38_143685_box_Incident_Summaries_173-233
Agency: Department of War
Page 15
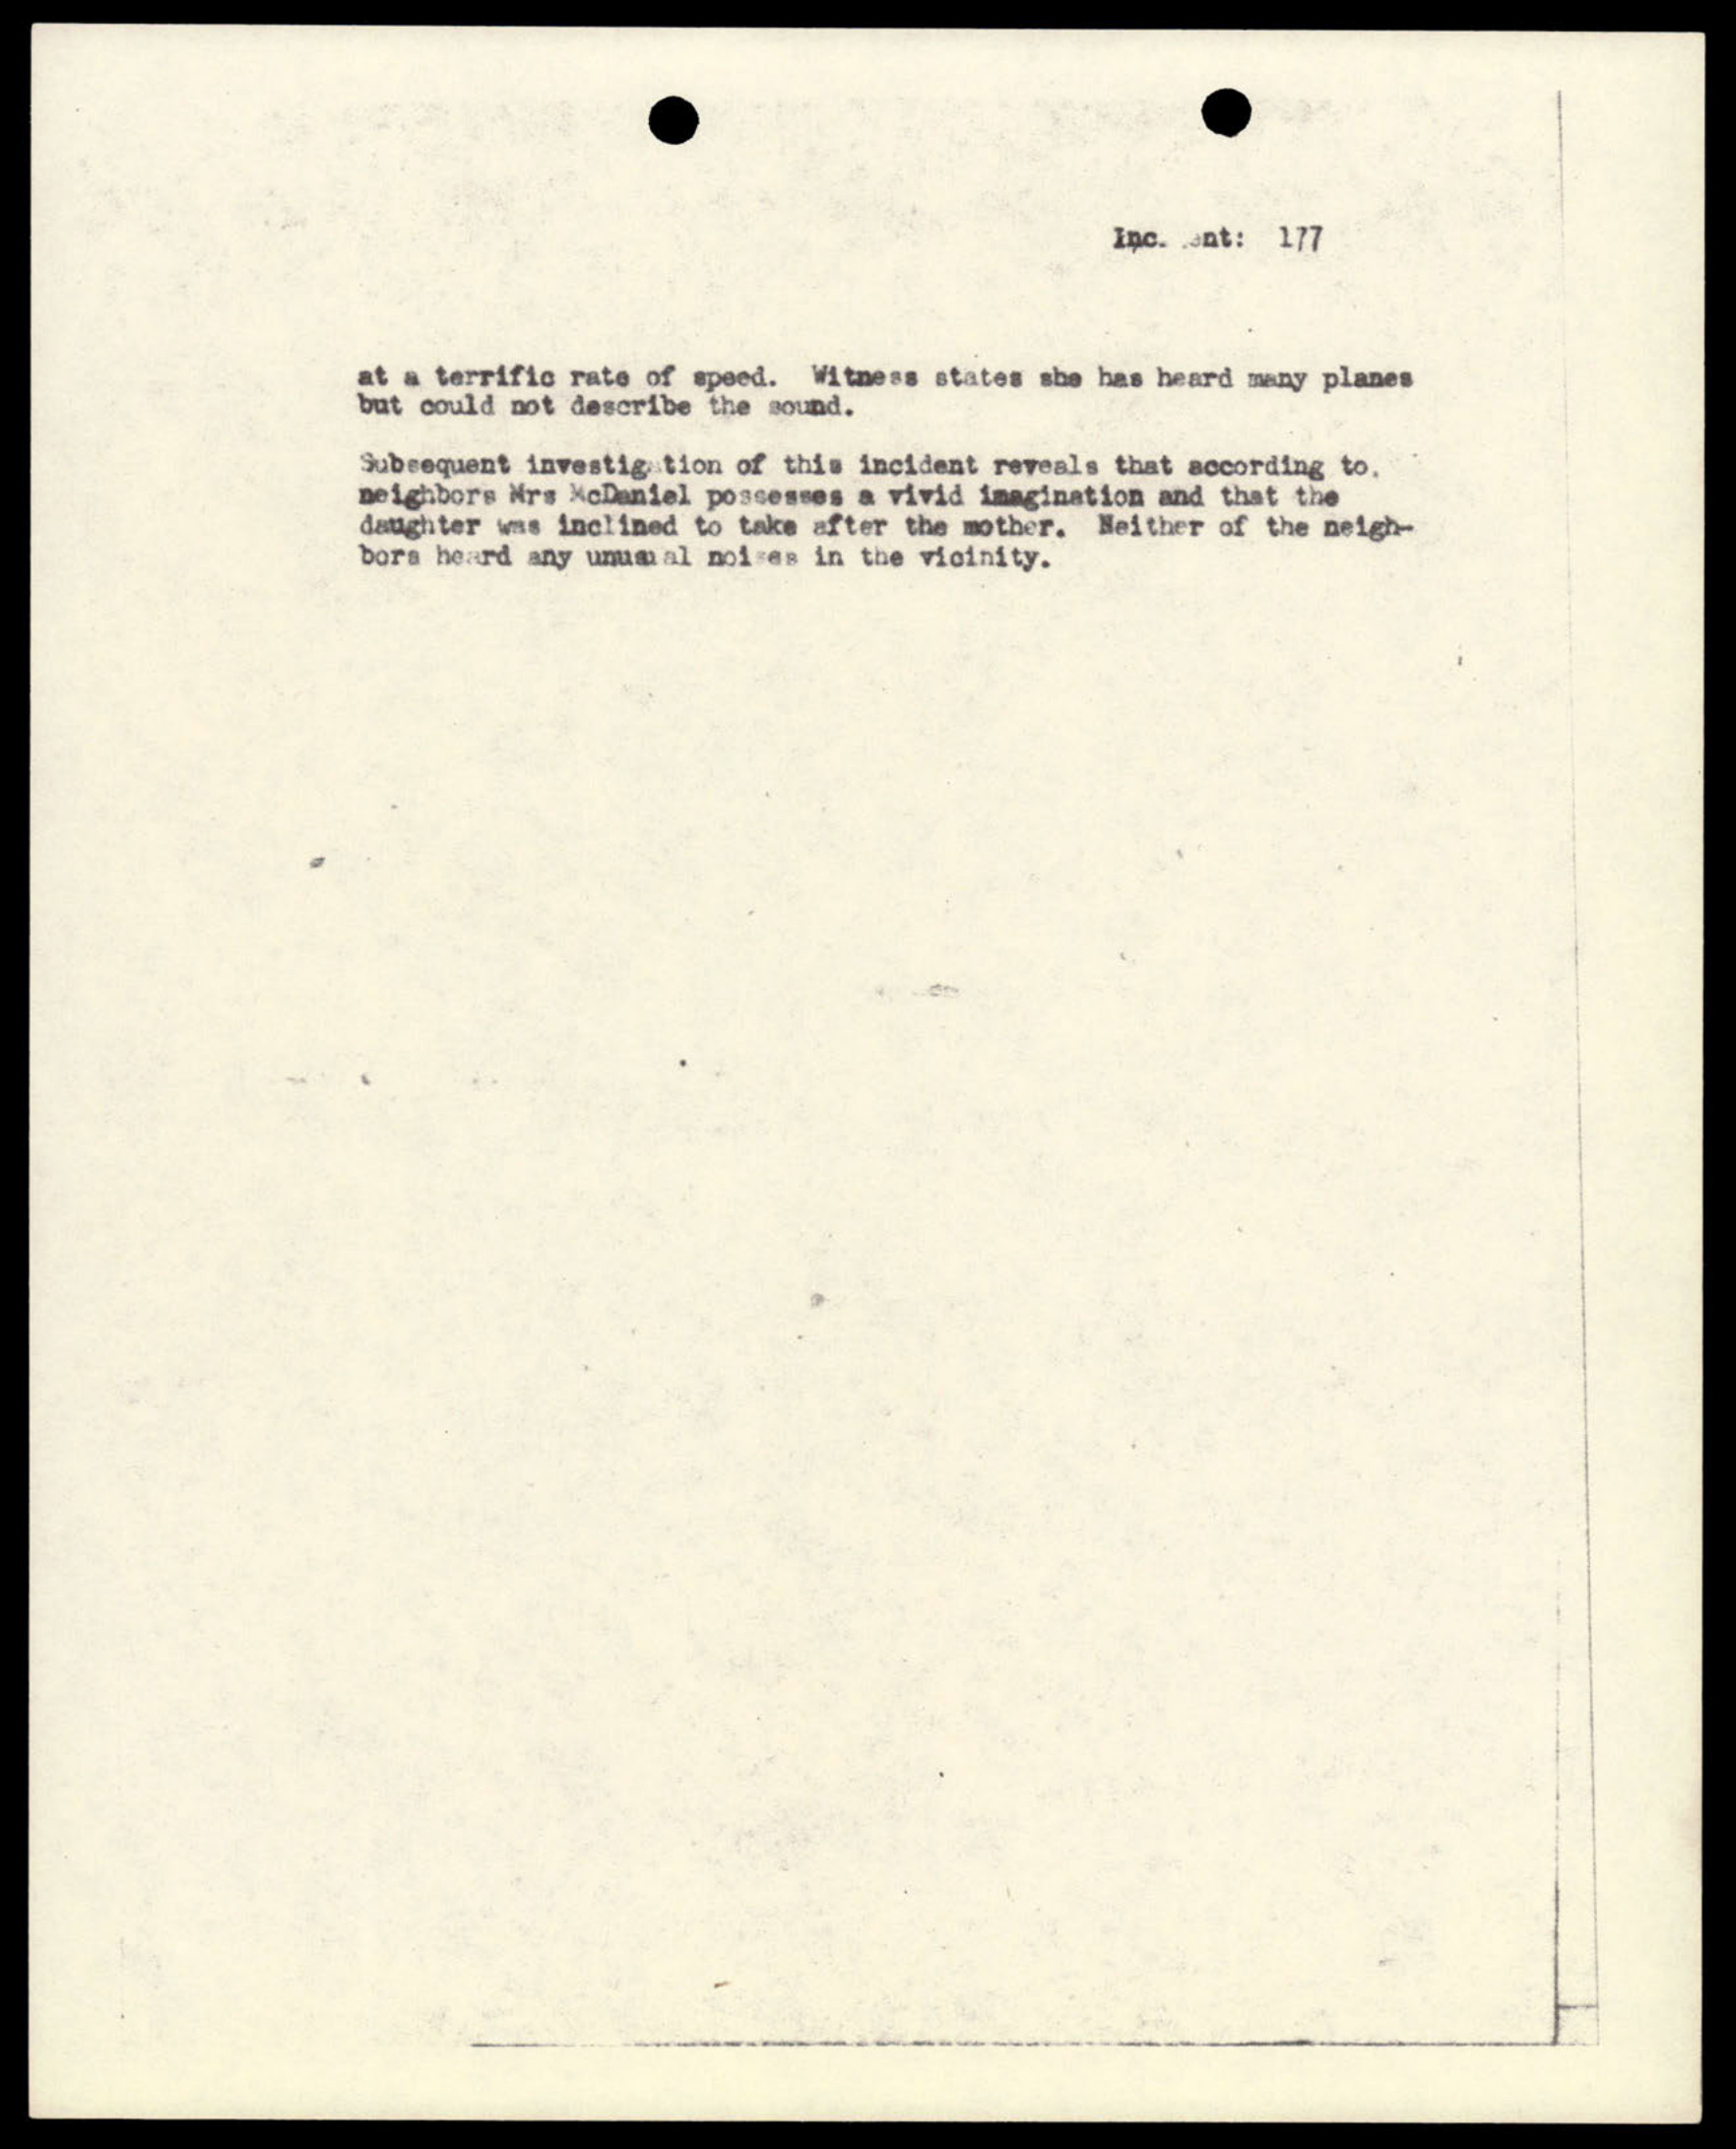